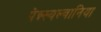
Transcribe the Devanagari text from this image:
पेन्न्स्यल्वानिया